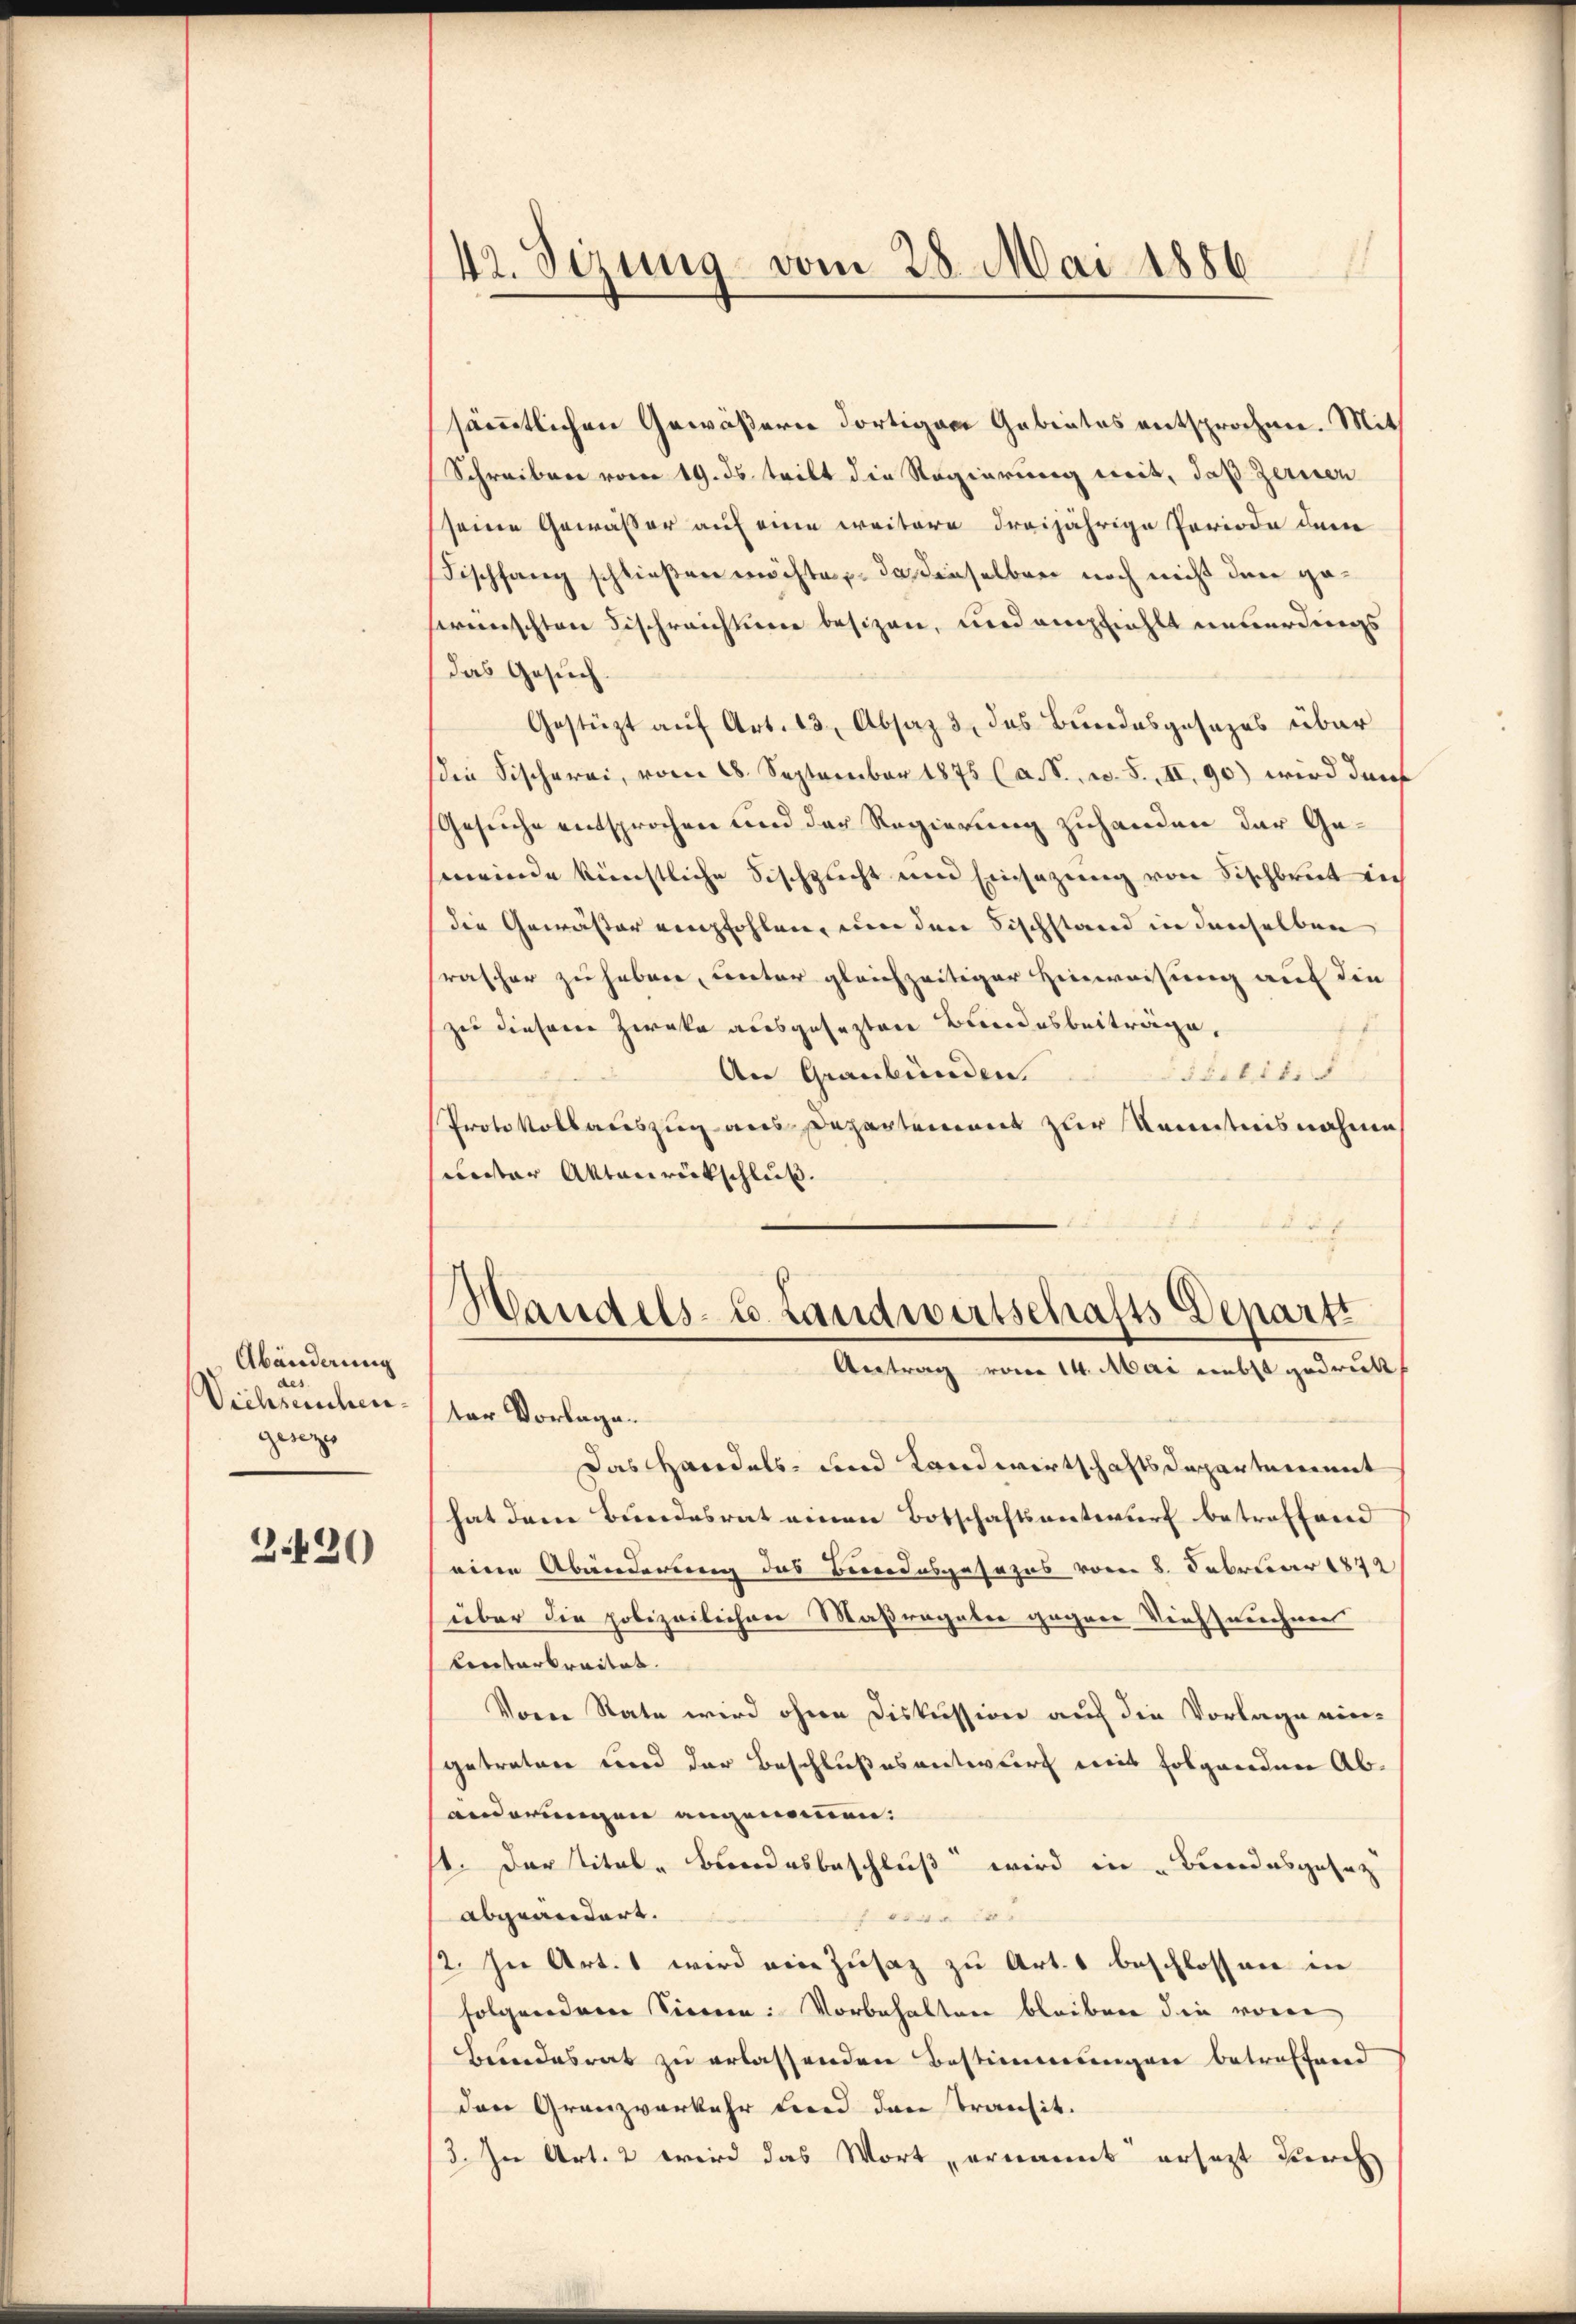
Abänderung
e
Viehseuchen.
geseze

2420

42. Sizung vom 28. Mai 1886

sämmtlichen Gewäßern dortigen Gabentes entsprochen. Mit
Schreiben vom 19. ds. tritt die Regierung weit, daß Zeriren
seine Gewässer auf eine weitere dreijährige Periode dem
Fischfang schließen möchte, das enselben noch nicht den gefermischten Fischreichtine besizen, und empfiehlt unverdings
das Gesuch.
Gestützt aŭf Art. 13, Absaz 3., das Bundesgesezes über
Die Fischerei, vom 28. September 1875 (a. S. w. S., II. 90) wird durch
Gesuche entsprochen und der Regierung zuhanden der Gemeinde künstliche Fischzucht und Einsezung von Fischbrut in
die Gewäster empfohlen, um den Fischstand in denselben
rascher zu haben, unter gleichzeitiger Hinweisung auf die
zu diesem Zweke ausgesezten Bundesbeiträge,
.
An Graubünden.
Prebiti
Protokollauszug aus Departement zur Kenntnisnahme
unster Aktenrückschluß.
Handels-C. Landwertschafts Depart
Antrag vom 14. Mai nebst gedrukt
ter Vorlage.
Das Handels- und Landwirtschaftsdepartement
hat dem Bundesrat einen Botschaftsantwurf betreffend
eine Abänderung des Bundesgesezes vom 8. Februar 1872
über die polizeilichen Maßragaber gegene Viehseuchnen
Unterbreitet.
Voren Rate wird ohne Diskussion auf die Vorlage ein-
getreten und der Beschlußes antwurf mit folgenden Abanderungen angenommen.
1. Der Tital-Bundesbeschluß wird in „Bundesgesetz
abgeändert.
0
12. In Art. 1 wird eine Zusatz zu Art. 1 beschlossen in
folgendem Sinnen: Vorbehalten bleiben die von
Beundesrat zu erlassenden Bestimmungen betreffend
den Granzverkehr und den Transit.
3. In Art. 2 wird das Wort ernannt ersetzt durch